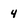
Character: 4